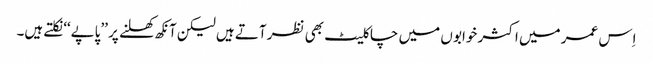
اِس عمر میں اکثر خوابو ں میں چاکلیٹ بھی نظر آتے ہیں لیکن آنکھ کھلنے پر ’’پاپے‘‘ نکلتے ہیں۔